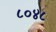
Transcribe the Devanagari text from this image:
८०४८